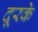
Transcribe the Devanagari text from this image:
दूरके